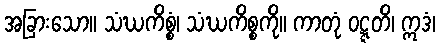
အခြားသော။ သံဃကိစ္စံ၊ သံဃကိစ္စကို။ ကာတုံ ဝဋ္ဋတိ၊ ဣဒံ၊